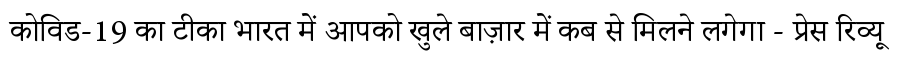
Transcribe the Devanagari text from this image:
कोविड-19 का टीका भारत में आपको खुले बाज़ार में कब से मिलने लगेगा - प्रेस रिव्यू